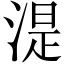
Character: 湜